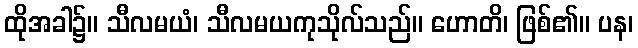
ထိုအခါ၌။ သီလမယံ၊ သီလမယကုသိုလ်သည်။ ဟောတိ၊ ဖြစ်၏။ ပန၊